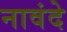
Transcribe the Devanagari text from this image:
नावंदे